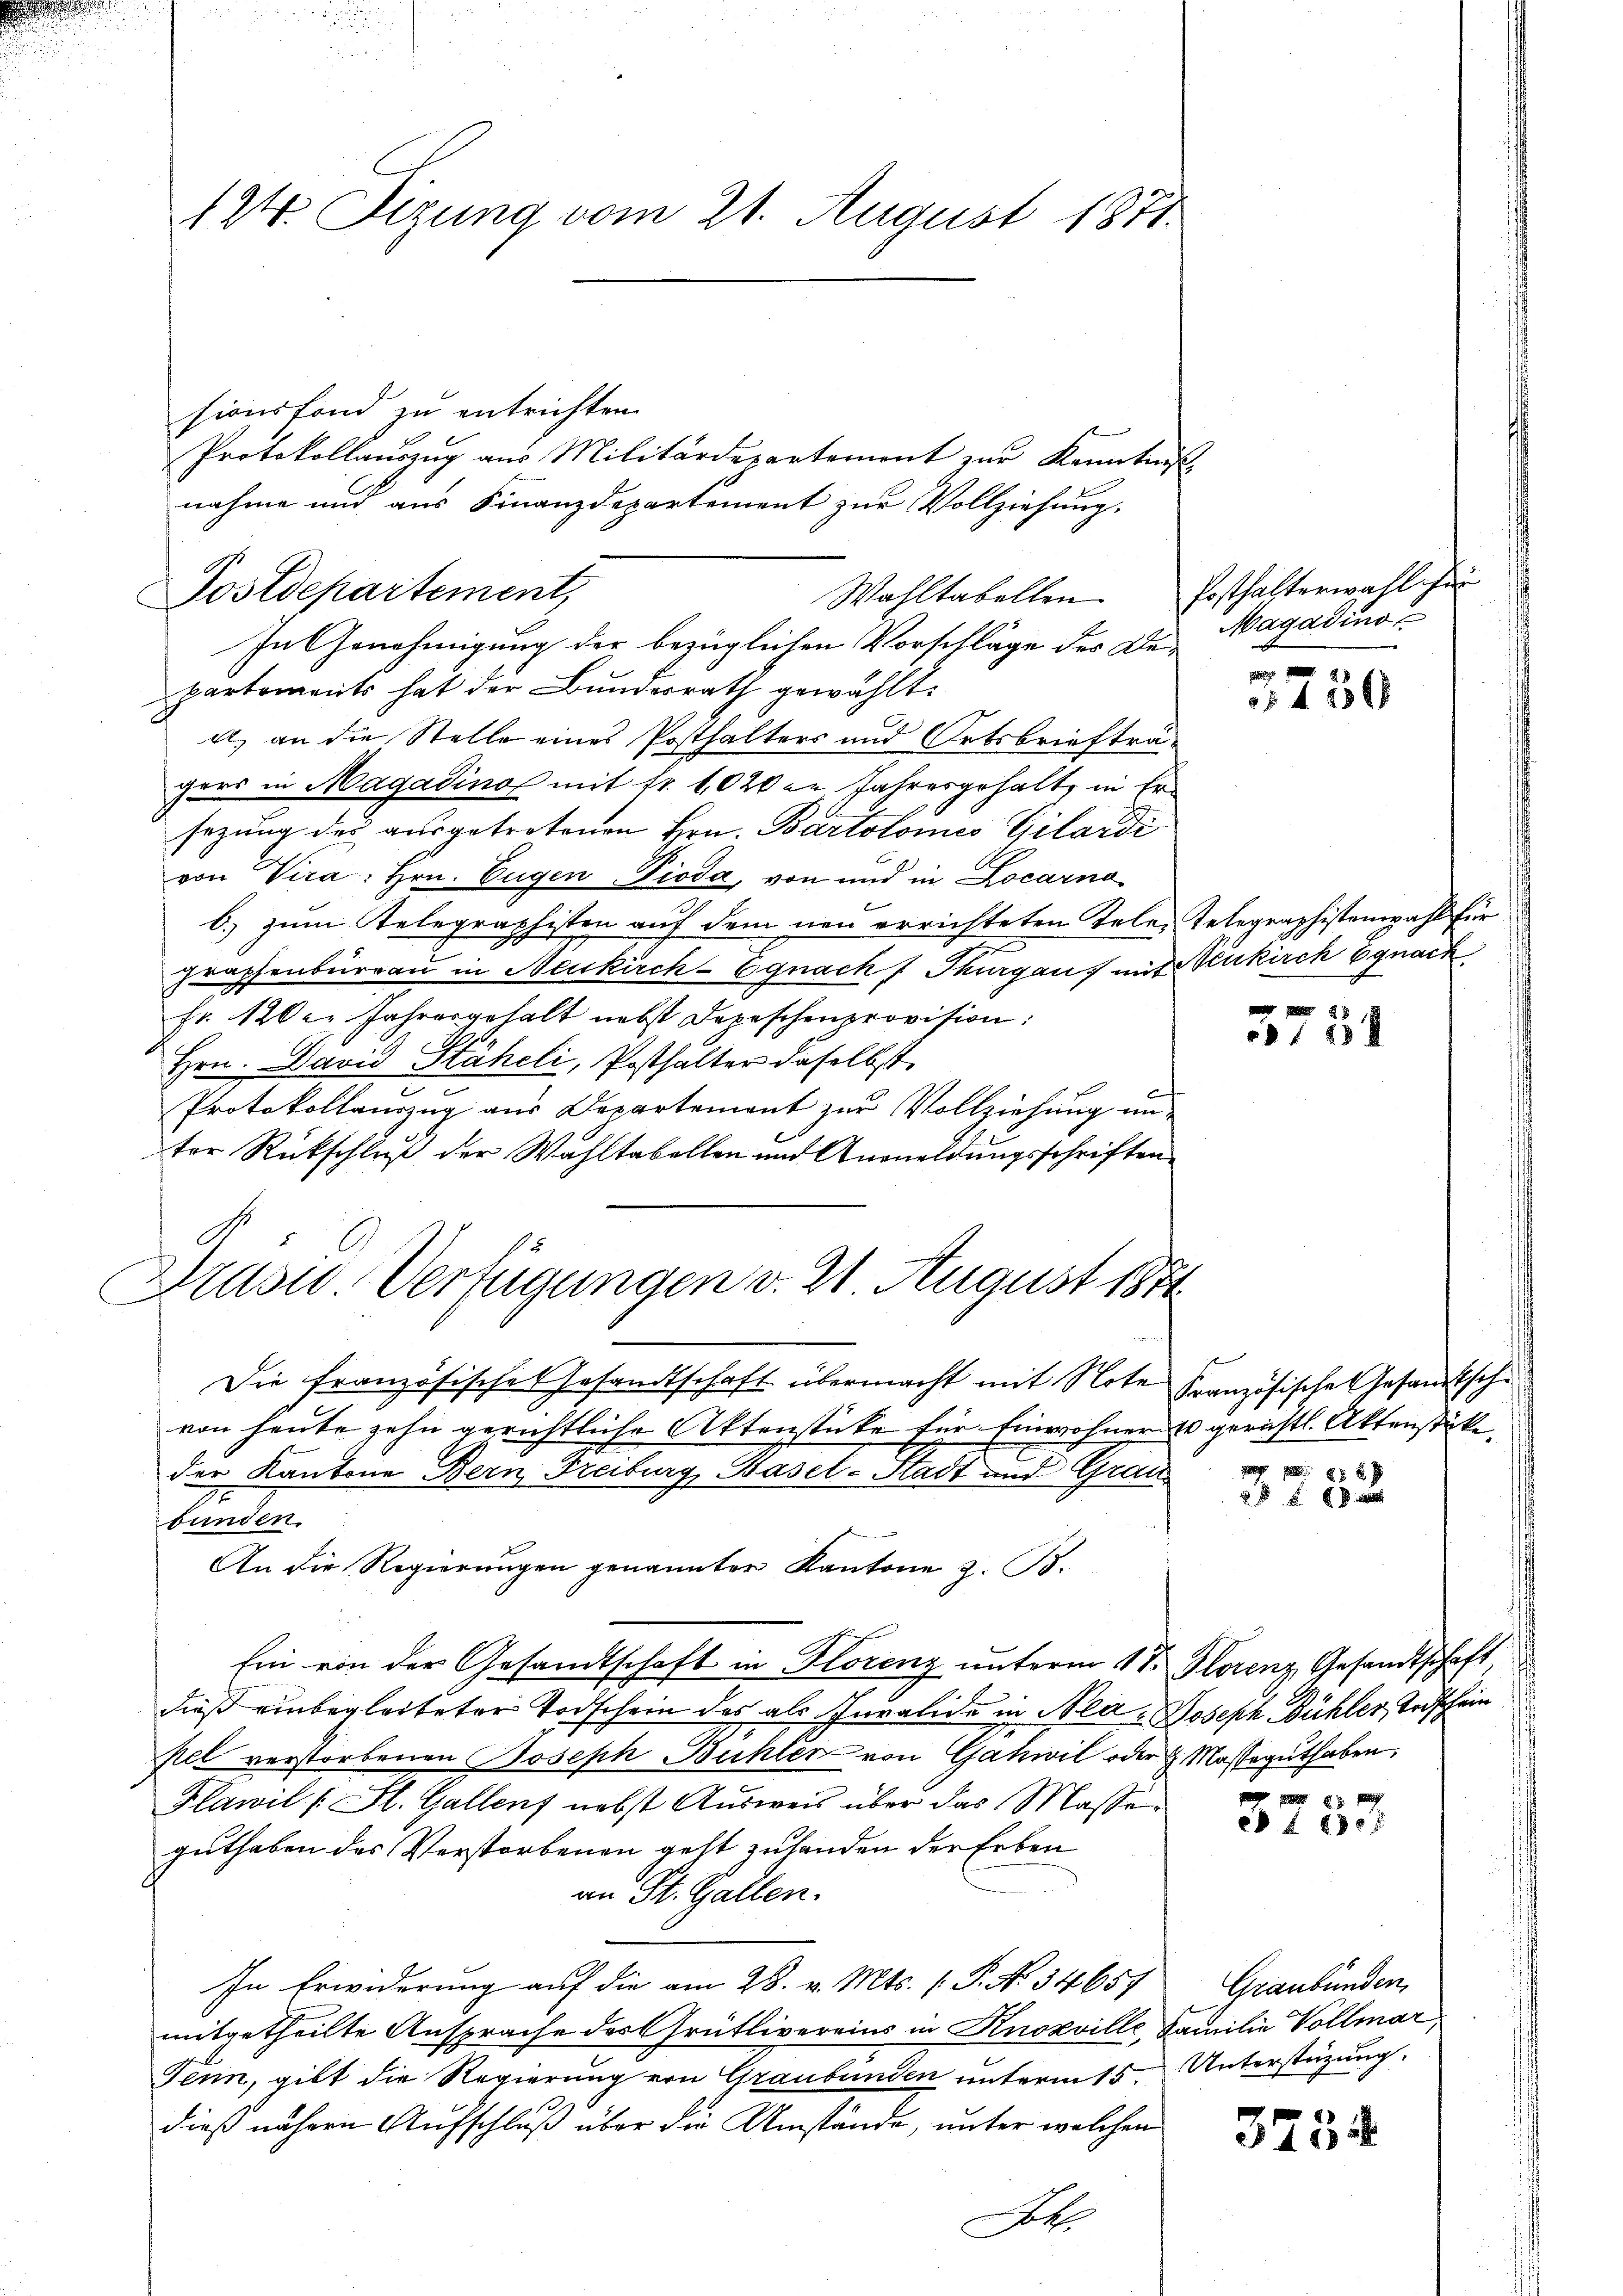
124. Sizung vom 21. August 1871

sionsfond zu entrichten.
Protokollauszug aus Militärdepartement zur Kenntniß
nahme und aus Finanzdepartement zur Vollziehung.
Wahltabellen. Ersthalterwahl her
In Genehmigung der bezüglichen Vorschläge der Die Magadino
partements hat der Bundesrath gewählt.
a) an die Stelle eines Posthalters und Ortsbriefträgers in Magadinos mit fr. 1020 in Jahresgehalt, in Ersezung des ausgetretenen Hrn. Bartolonis Gilardi
von Vera: Hrn. Eugen-Pioda, von und in Locarno
b.) zum Telegraphisten auf dem neu errichteten Tele, Telegraphistenwahl für
i
graphenburgau in Neukirch- Egnach Thurgauf mit Neukirch Egnack
Fr. 120 l. Jahresgehalt nebst Depeschenprovision:
Hrn. David Stäheli, Posthalter daselbst
Protokollauszug aus Departement zur Vollziehung un-
ter Rückschluß der Wahltabellen und Anmeldungsschriften
Die französisches Gesandtschaft übermacht mit Note Französische Gesandtschvon heute zehn gerichtliche Aktenstücke für Einwohner 10 gerichtl. Aktenstücke
der Kantone Bern Freiburg, Basel-Stadt und Grau
bunden.
An die Regierŭngen genannter Kantone z. B.
Ein von der Gesandtschaft in Florenz unterm 18. Florenz Gesandtschaft,
dieß einbegleiteter Todschein des als Juralide in Nea, Joseph Bühler, Todschein
kel verstorbenen Joseph Bühler von Gatwil oder H. Masseguthaben,
Plawil /: Sl. Gallen nebst Ausweis über das Masse
guthaben das Verstorbenen geht zuhanden der Erben
an St. Gallen.
In Erwiderung auf die am 28. v. Mts. f. P. No 34657 Graubünden,
mitgetheilte Ansprache des Grütlivereins in Knozville Familie Vollmar,
Tenn, gibt die Regierung von Graubünden unterm 15ten Unterstützung
dieß nähern Aufschluß über die Umstände, unter welchen

Postdepartement,

Druses Verfügungen v. 21. August 1851

436

e128

28 x

x

3734

3733